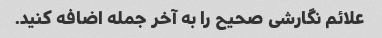
علائم نگارشی صحیح را به آخر جمله اضافه کنید.